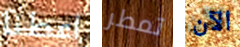
اعطنا تمطر الآن